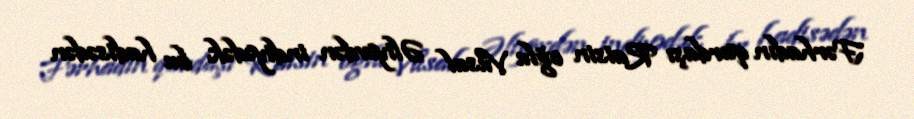
Fərhadın qardaşı Raisin oğlu Vüsal Əliyevdən indiyədək bu hadisədən